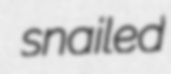
snailed